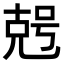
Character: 𠒠